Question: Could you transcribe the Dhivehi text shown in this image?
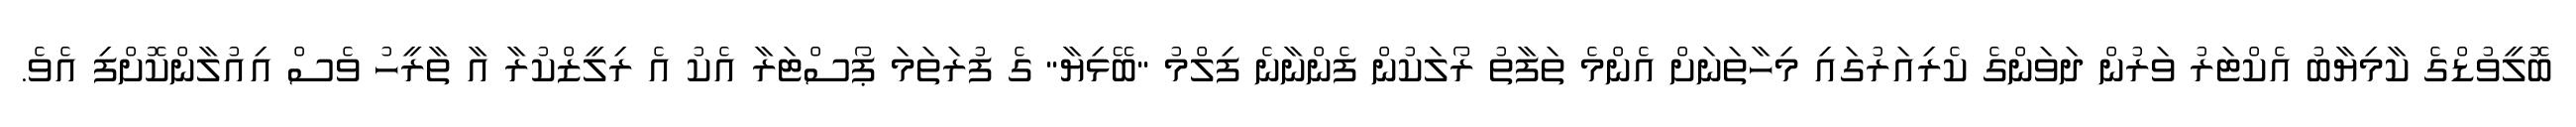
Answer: ބޮލީވުޑްގެ ކާމިޔާބު އެކްޓަރު ވަރުން ދަވަންގެ ކެރިއަރުގައި މިހާތަނަށް އެންމެ ތަފާތު ރޯލަކުން ފެންނާނެ ފިލްމު "ބޭޅިޔާ" ގެ ފުރަތަމަ ޕޯސްޓަރާ އެކު އެ ރިލީޒްކުރާ އާ ތާރީހު ވެސް އިއުލާންކޮށްފި އެވެ.